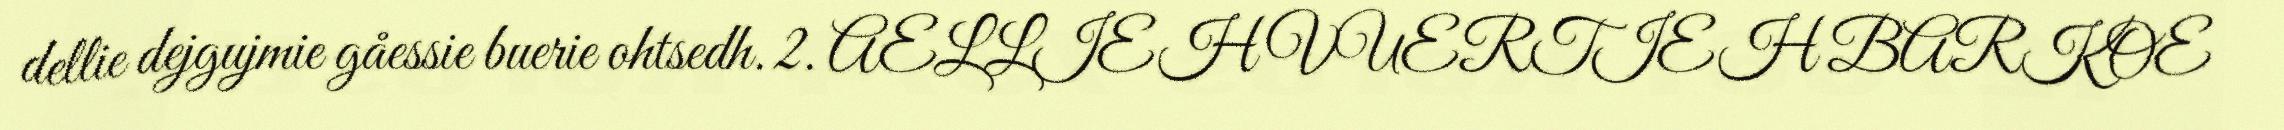
dellie dejgujmie gåessie buerie ohtsedh. 2. AELLIEH VUERTIEH BARKOE